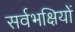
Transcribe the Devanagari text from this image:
सर्वभक्षियों